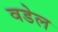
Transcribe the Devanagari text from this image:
वडेल